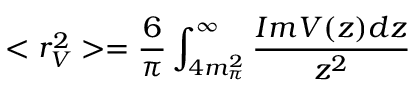
< r _ { V } ^ { 2 } > = \frac { 6 } { \pi } \int _ { 4 m _ { \pi } ^ { 2 } } ^ { \infty } \frac { I m V ( z ) d z } { z ^ { 2 } }